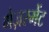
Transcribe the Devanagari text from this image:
मेज़रमेंट